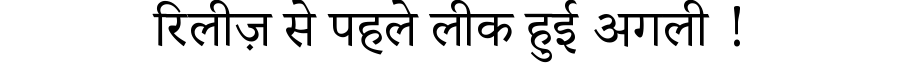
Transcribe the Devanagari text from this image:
रिलीज़ से पहले लीक हुई अगली !